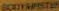
BOUYAPISTIN